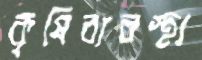
কৃষিব্যবস্থা